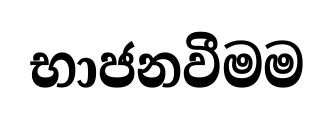
භාජනවීමම